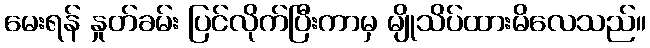
မေးရန် နှုတ်ခမ်း ပြင်လိုက်ပြီးကာမှ မျိုသိပ်ထားမိလေသည်။